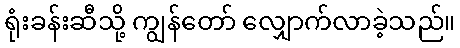
ရုံးခန်းဆီသို့ ကျွန်တော် လျှောက်လာခဲ့သည်။